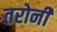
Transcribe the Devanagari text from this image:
तरोनी